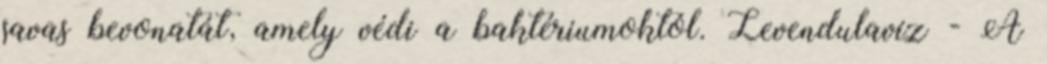
savas bevonatát, amely védi a baktériumoktól. Levendulavíz - A